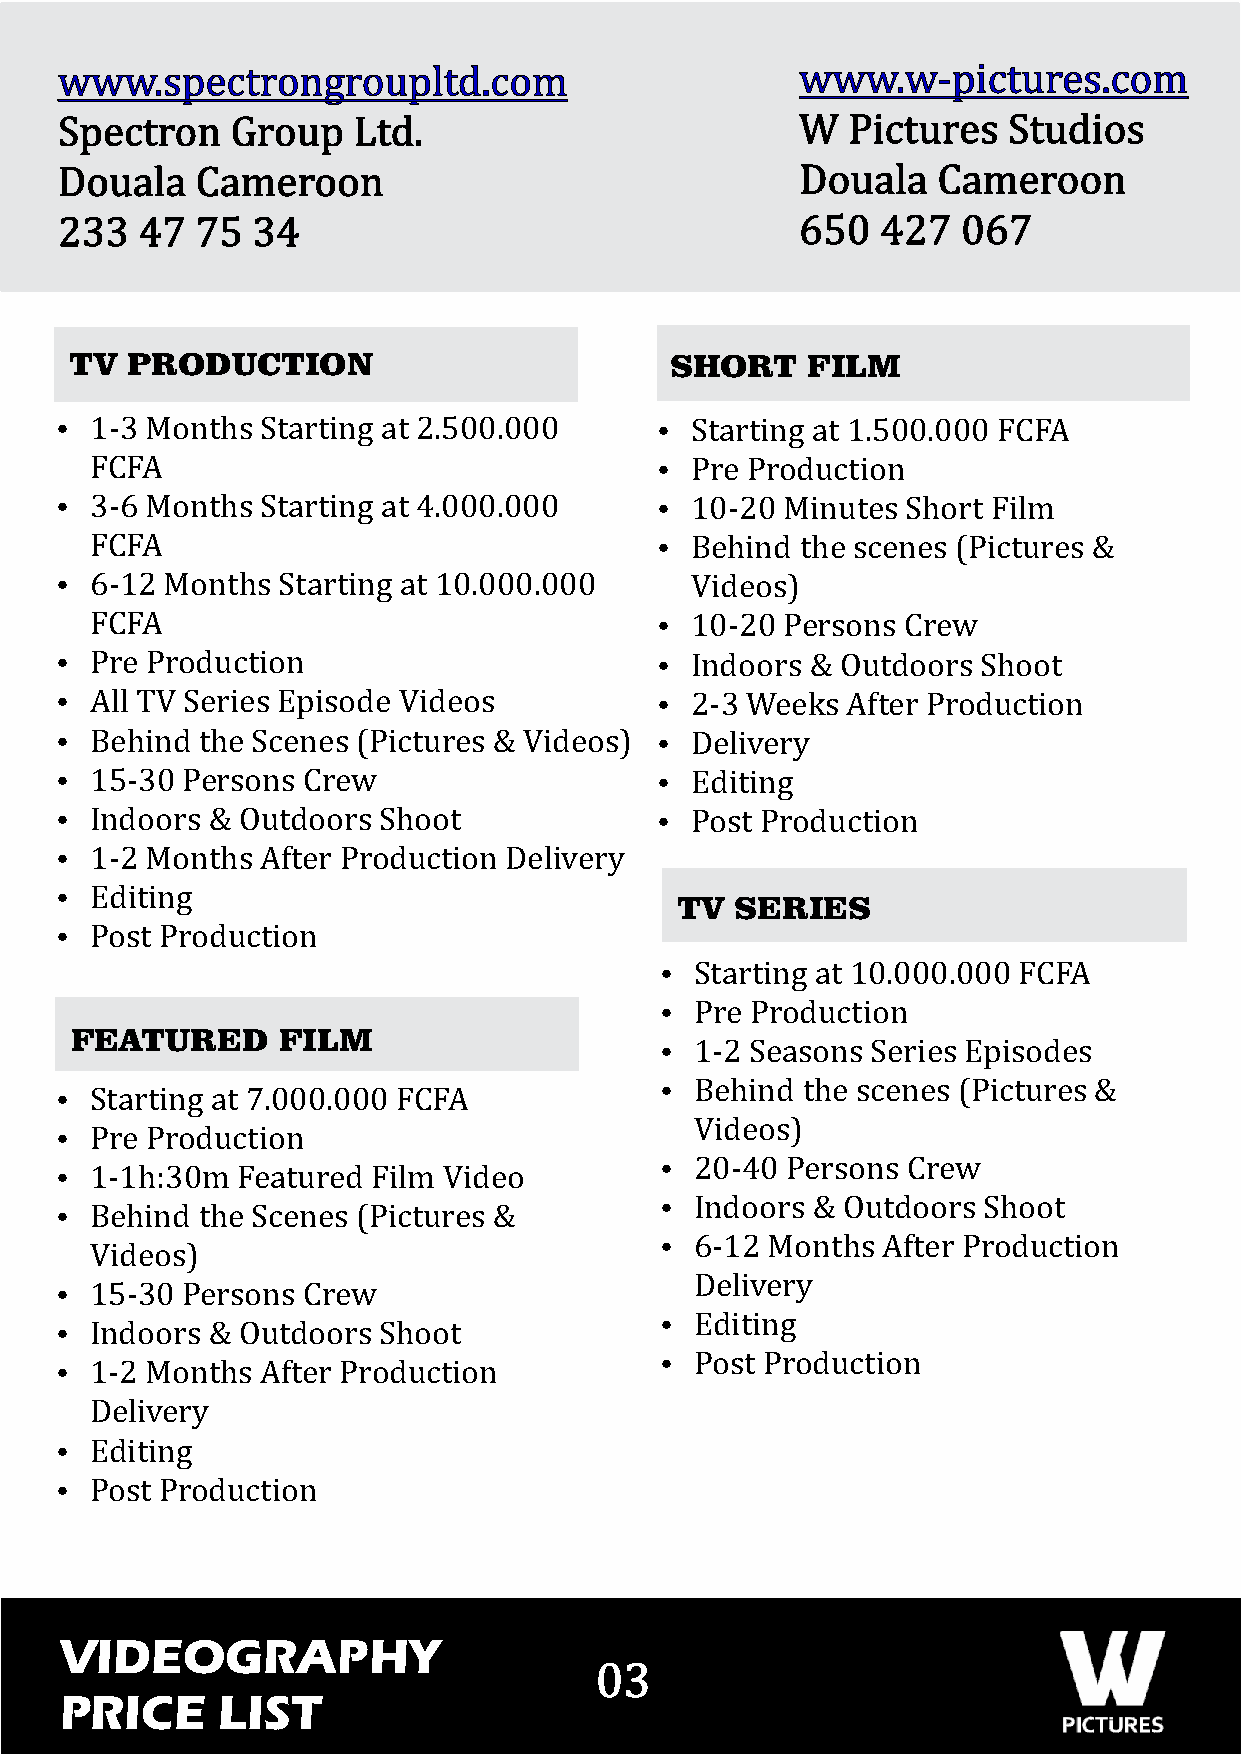
www.spectrongroupltd.com                         www.w-pictures.com
 Spectron   Group   Ltd.                          W  Pictures   Studios
 Douala   Cameroon                                Douala   Cameroon
 233  47  75  34                                  650  427   067
 TV PRODUCTION                          SHORT    FILM
 Ÿ 1-3 Months Starting at 2.500.000     Ÿ  Starting at 1.500.000 FCFA
 FCFA                                 Ÿ  Pre Production
 Ÿ 3-6 Months Starting at 4.000.000     Ÿ  10-20 Minutes Short Film
 FCFA                                 Ÿ  Behind the scenes (Pictures &
 Ÿ 6-12 Months Starting at 10.000.000      Videos)
 FCFA                                 Ÿ  10-20 Persons Crew
 Ÿ Pre Production                       Ÿ  Indoors & Outdoors Shoot
 Ÿ All TV Series Episode Videos         Ÿ  2-3 Weeks After Production
 Ÿ Behind the Scenes (Pictures & Videos) Ÿ Delivery
 Ÿ 15-30 Persons Crew                   Ÿ  Editing
 Ÿ Indoors & Outdoors Shoot             Ÿ  Post Production
 Ÿ 1-2 Months After Production Delivery
 Ÿ Editing
 TV  SERIES
 Ÿ Post Production
 Ÿ Starting at 10.000.000 FCFA
 Ÿ Pre Production
 FEATURED     FILM
 Ÿ 1-2 Seasons Series Episodes
 Ÿ Starting at 7.000.000 FCFA            Ÿ Behind the scenes (Pictures &
 Videos)
 Ÿ Pre Production
 Ÿ 1-1h:30m  Featured Film Video         Ÿ 20-40 Persons Crew
 Ÿ Behind the Scenes (Pictures &         Ÿ Indoors & Outdoors Shoot
 Videos)                               Ÿ 6-12 Months After Production
 Delivery
 Ÿ 15-30 Persons Crew
 Ÿ Indoors & Outdoors Shoot              Ÿ Editing
 Ÿ 1-2 Months After Production           Ÿ Post Production
 Delivery
 Ÿ Editing
 Ÿ Post Production
 03
 VIDEOGRAPHY
 03
 PRICE     LIST